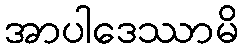
အာပါဒေဿာမိ